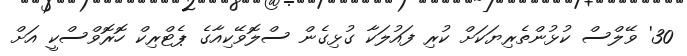
30' ވޭލްސް ކުޅުންތެރިޔަކަށް ކުރި ފައުލަކާ ގުޅިގެން ސްލޮވޭކިއާގެ ޕެޓްރިކް ހޮރޮވްސްކީ އަށް